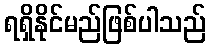
ရရှိနိုင်မည်ဖြစ်ပါသည်